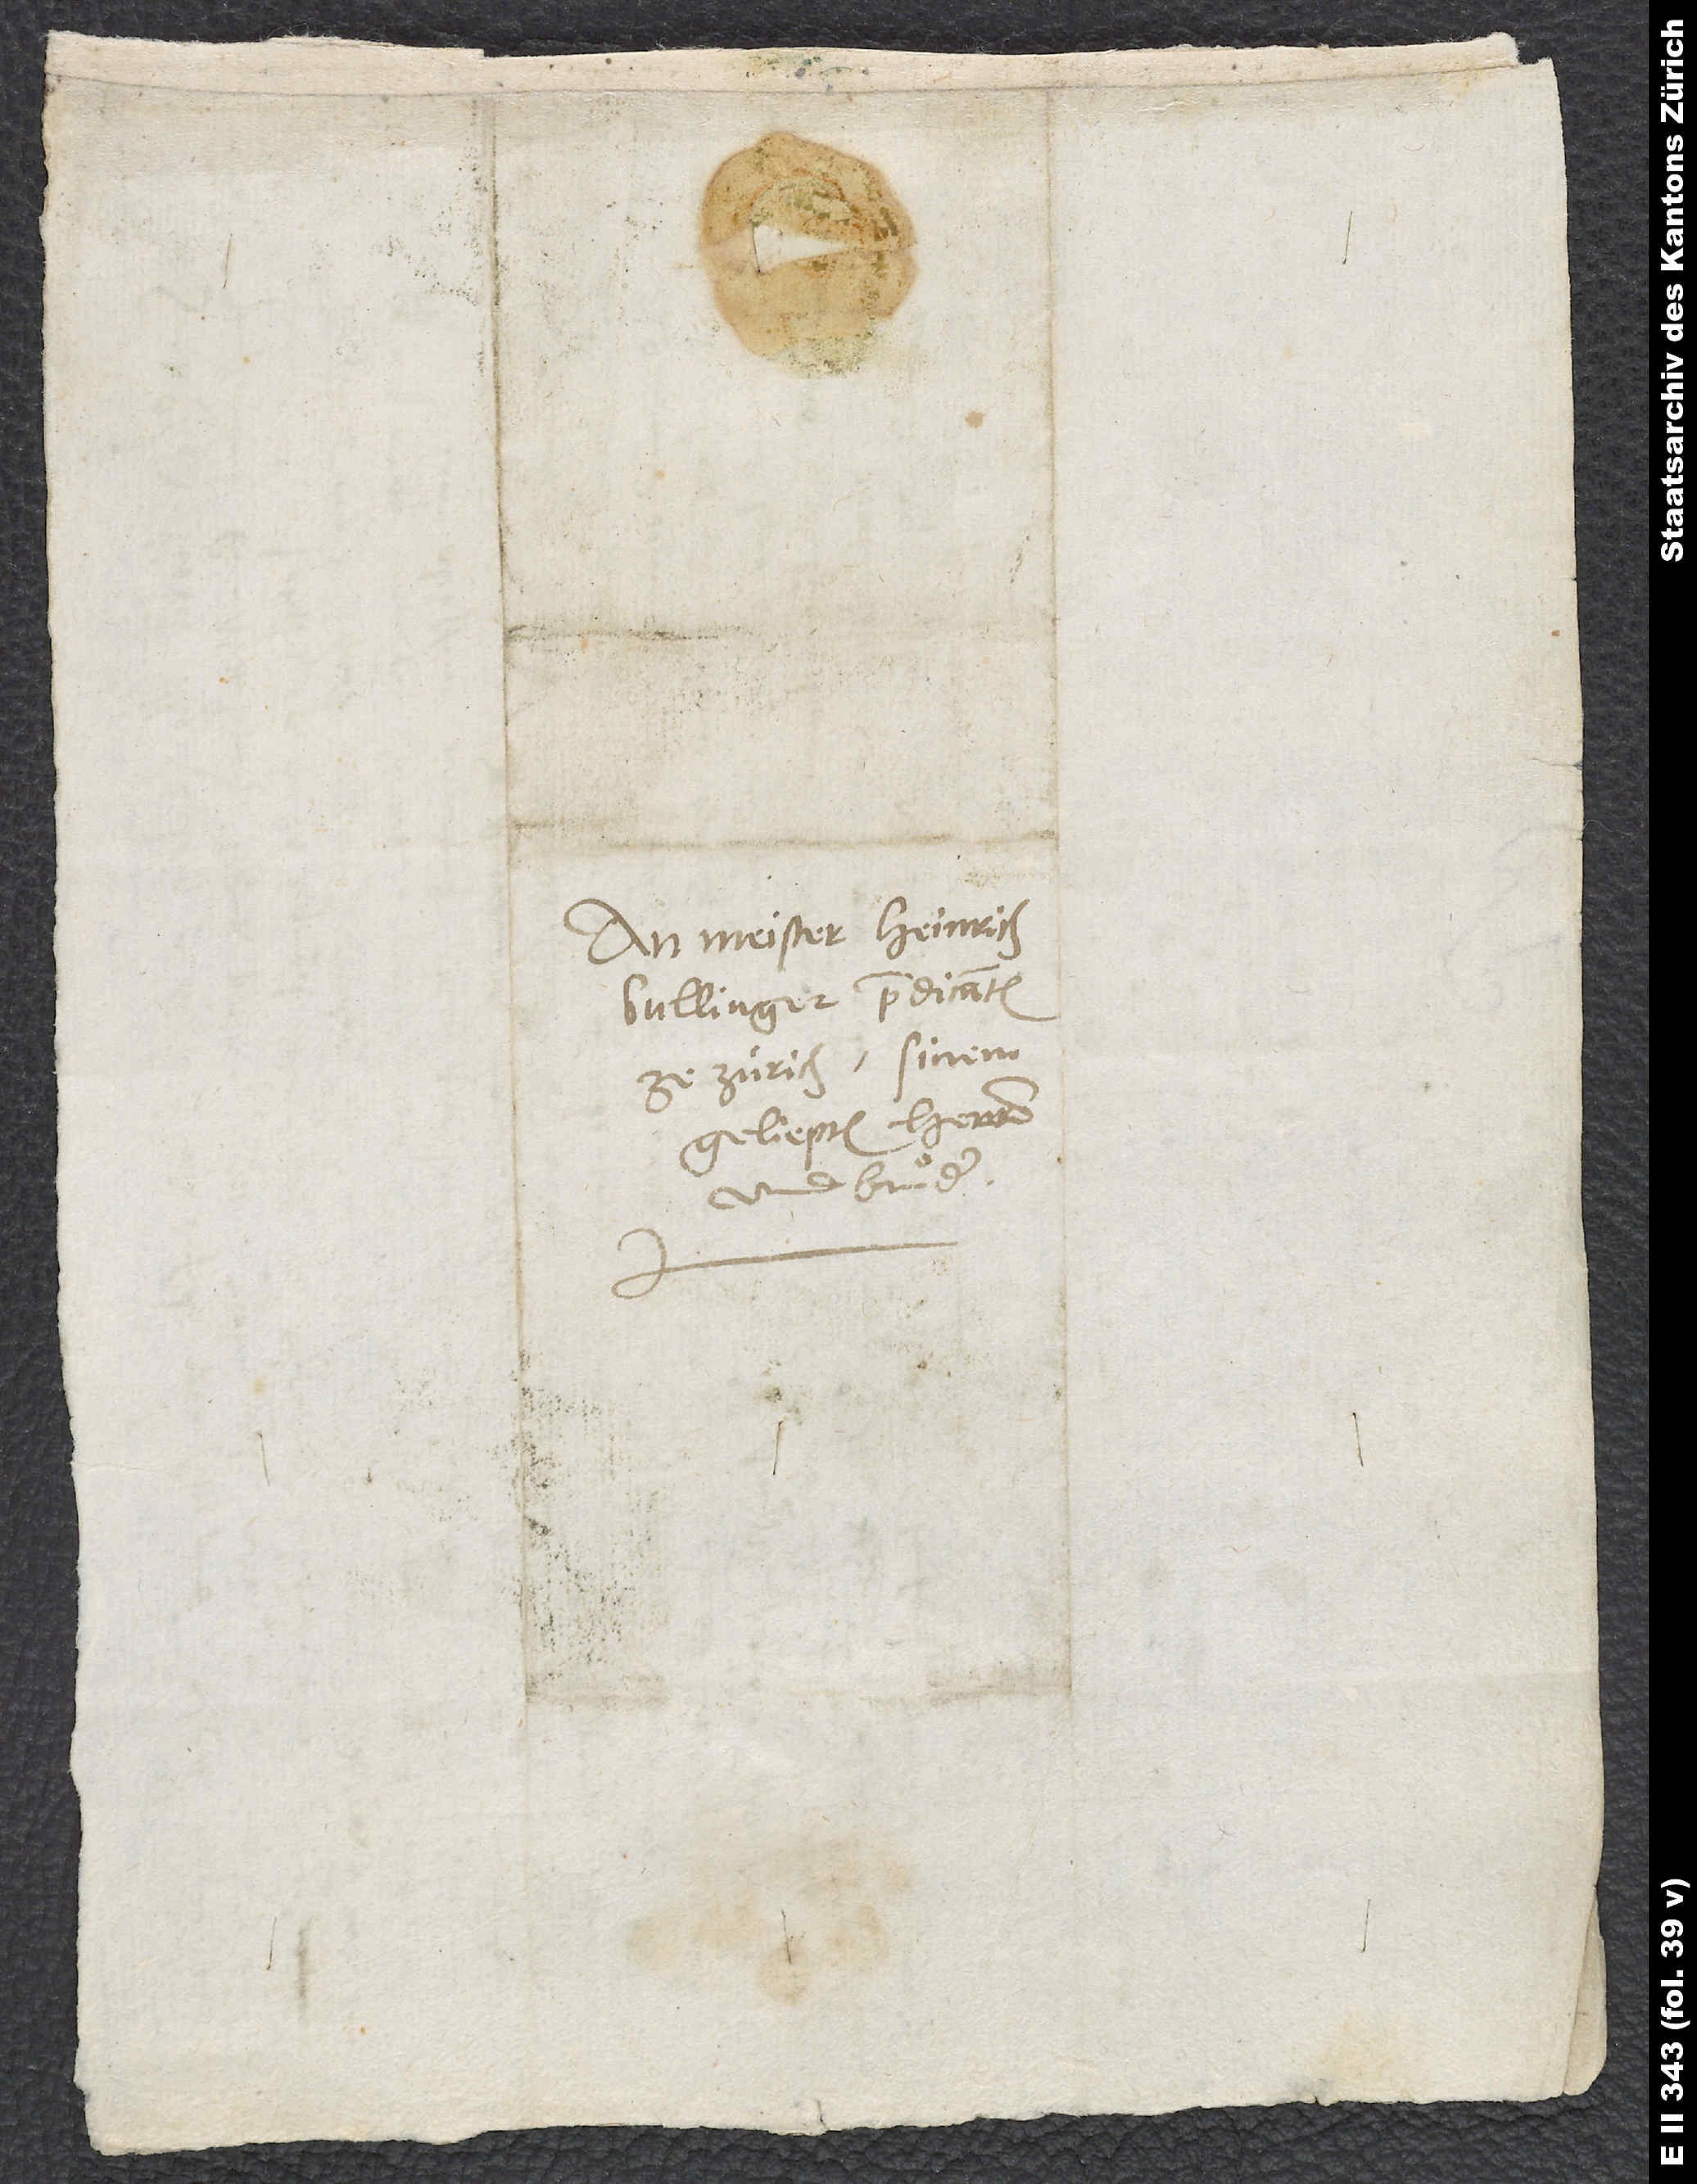
An Meister Heinrich
Bullinger, predicanten
ze Zürich, sinem
geliepten herren
und bruͦder.